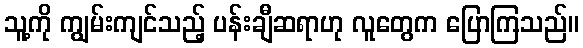
သူ့ကို ကျွမ်းကျင်သည့် ပန်းချီဆရာဟု လူတွေက ပြောကြသည်။